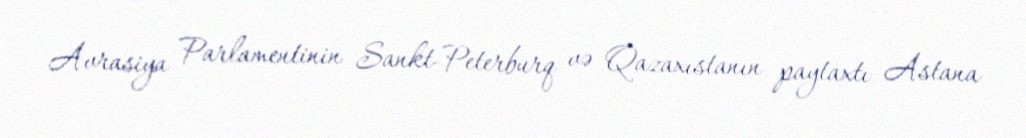
Avrasiya Parlamentinin Sankt-Peterburq və Qazaxıstanın paytaxtı Astana